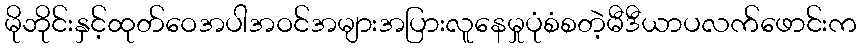
မိုဘိုင်းနှင့်ထုတ်ဝေအပါအဝင်အများအပြားလူနေမှုပုံစံစတဲ့မီဒီယာပလက်ဖောင်းက